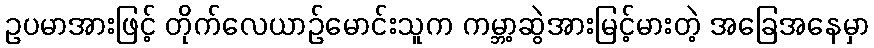
ဥပမာအားဖြင့် တိုက်လေယာဉ်မောင်းသူက ကမ္ဘာ့ဆွဲအားမြင့်မားတဲ့ အခြေအနေမှာ